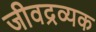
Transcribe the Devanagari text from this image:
जीवद्रव्यक